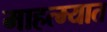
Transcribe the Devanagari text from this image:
माहत्म्यात